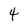
Character: 4